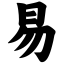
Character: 易